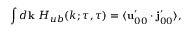
\int d { \bf { k } } \ H _ { u b } ( k ; \tau , \tau ) = \langle { { \bf { u } } _ { 0 0 } ^ { \prime } \cdot { \bf { j } } _ { 0 0 } ^ { \prime } } \rangle ,